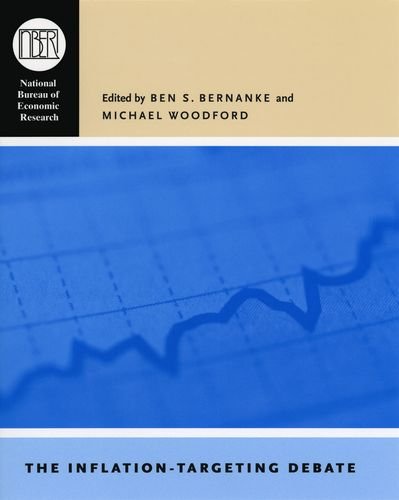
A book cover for The Inflation-Targeting Debate (National Bureau of Economic Research Studies in Income and Wealth); Business & Money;